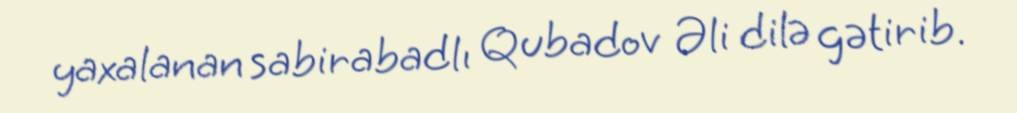
yaxalanan sabirabadlı Qubadov Əli dilə gətirib.